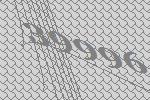
39996